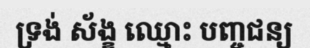
ទ្រង់ ស័ង្ខ ឈ្មោះ បញ្ចជន្យ